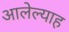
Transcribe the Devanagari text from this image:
आलेल्याह